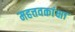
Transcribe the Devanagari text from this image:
महत्तवकांक्षा